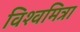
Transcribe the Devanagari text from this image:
विश्‍वमित्रा